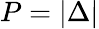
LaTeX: P=|\Delta|